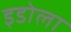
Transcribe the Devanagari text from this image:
इडोला